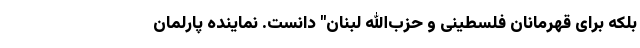
بلکه برای قهرمانان فلسطینی و حزب‌الله لبنان" دانست. نماینده پارلمان